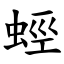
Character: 蛵